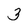
Character: 3